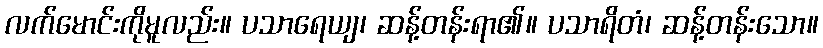
လက်မောင်းကိုမူလည်း။ ပသာရေယျ၊ ဆန့်တန်းရာ၏။ ပသာရိတံ၊ ဆန့်တန်းသော။